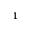
^ { 1 }